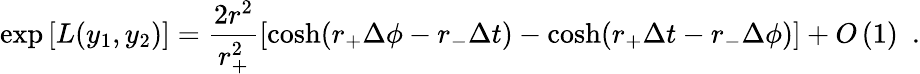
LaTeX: \exp\left[L(y_{1},y_{2})\right]=\frac{2r^{2}}{r_{+}^{2}}\left[\cosh(r_{+}\Delta\phi-r_{-}\Delta t)-\cosh(r_{+}\Delta t-r_{-}\Delta\phi)\right]+O\left(1\right)\ \ .